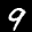
Label: 9